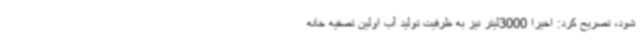
شود، تصریح کرد: اخیرا 3000لیتر نیز به ظرفیت تولید آب اولین تصفیه خانه